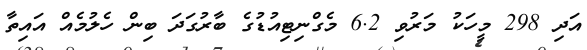
އަދި 298 މީހަކު މަރުވި 6.2 މެގްނިޓިއުޑުގެ ބާރުގަދަ ބިން ހެލުމެއް އައިތާ